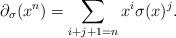
LaTeX: \begin{align*} \partial_{\sigma} (x^{n} ) = \sum_{i+j+1=n} x^i\sigma(x)^{j}.\end{align*}